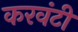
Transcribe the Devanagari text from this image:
करवंटी